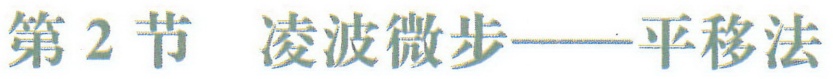
第2节 凌波微步——平移法